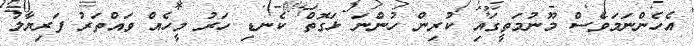
އެހެންނަމަވެސް މޫނުމަތީގައި ކުރިން ހުންނަ ޅަގޮތް ކެނޑި ހަރު މީހެއް ވައްތަރު ފަރިޔާލު